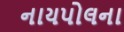
નાયપોલના